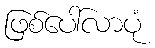
ဖြစ်ပေါ်လာပုံ